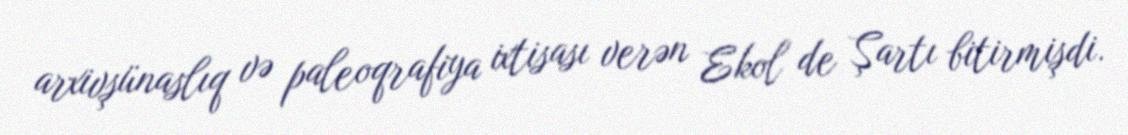
arxivşünaslıq və paleoqrafiya ixtisası verən Ekol de Şartı bitirmişdi.